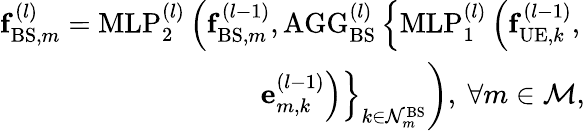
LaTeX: \begin{array}{r}{\mathbf{f}_{\mathrm{BS},m}^{(l)}=\mathrm{MLP}_{2}^{(l)}\left(\mathbf{f}_{\mathrm{BS},m}^{(l-1)},\mathrm{AGG}_{\mathrm{BS}}^{(l)}\left\{ \mathrm{MLP}_{1}^{(l)}\left(\mathbf{f}_{\mathrm{UE},k}^{(l-1)},\right.\right.\right.}\\ {\left.\left.\left.\mathbf{e}_{m,k}^{(l-1)}\right)\right\} _{k\in\mathcal{N}_{m}^{\mathrm{BS}}}\right),~\forall m\in\mathcal{M},}\end{array}